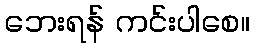
ဘေးရန် ကင်းပါစေ။